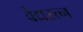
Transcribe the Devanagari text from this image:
वैद्यरत्न